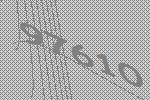
97610